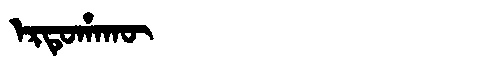
Manchu: ᡝᡵᡨᡠᡥᠠᡴᡡ
Romanization: ERTUHAKŪ